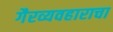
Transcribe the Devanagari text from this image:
गैरव्यवहाराचा